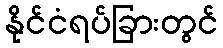
နိုင်ငံရပ်ခြားတွင်